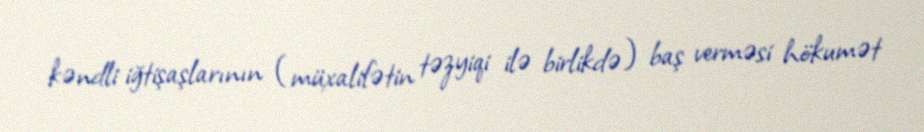
kəndli iğtişaşlarının (müxalifətin təzyiqi ilə birlikdə) baş verməsi hökumət